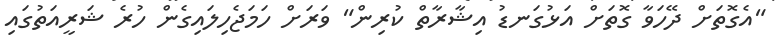
"އެގޮތަށް ދޭހަވާ ގޮތަށް އަޅުގަނޑު އިޝާރާތް ކުރިން" ވަރަށް ހަމަޖެހިލައިގެން ހުރެ ޝަރީއަތުގައި